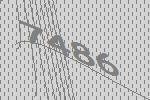
7486